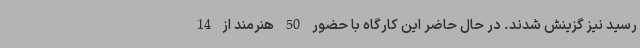
رسید نیز گزینش شدند. در حال حاضر این کارگاه با حضور 50 هنرمند از 14